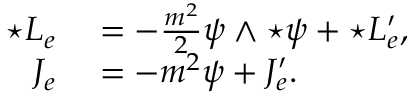
\begin{array} { r l } { { \star { \cal L } _ { e } } } & { { } = - \frac { m ^ { 2 } } { 2 } \psi \wedge { \star \psi } + { \star { \cal L } _ { e } ^ { \prime } } , } \\ { { \cal J } _ { e } } & { { } = - m ^ { 2 } \psi + { \cal J } _ { e } ^ { \prime } . } \end{array}